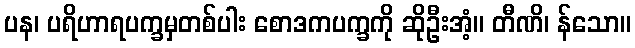
ပန၊ ပရိဟာရပက္ခမှတစ်ပါး စောဒကပက္ခကို ဆိုဦးအံ့။ တီဏိ၊ န်သော။